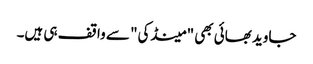
جاوید بھائی بھی "مینڈکی" سے واقف ہی ہیں۔